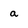
Character: a